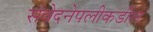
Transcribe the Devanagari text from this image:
संवेदनेपलीकडील